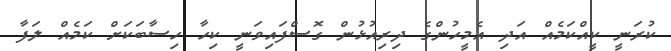
ކުރަނީ ކީއްކަމެއް އަދި އެމީހުންގެ ދިރިއުޅުން ގޮސްފައިވަނީ ކިހާ ހިސާބަކަށް ކަމެއް ލަފާ